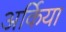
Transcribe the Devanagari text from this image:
अर्किया